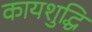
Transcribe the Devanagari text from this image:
कायशुद्धि